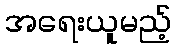
အရေးယူမည့်